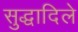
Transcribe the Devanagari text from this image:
सुद्धादिले